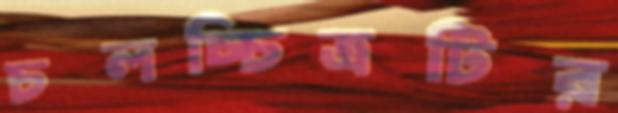
চলচ্চিত্রটির